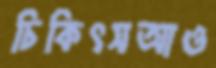
চিকিৎসআও